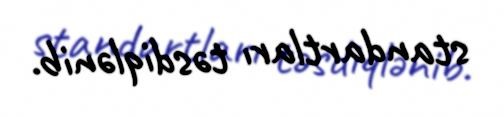
standartları təsdiqlənib.